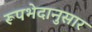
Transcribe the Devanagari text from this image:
रूपभेदानुसार